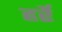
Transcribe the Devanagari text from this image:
हर्रे